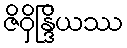
ဇိဝှိန္ဒြိယဿ